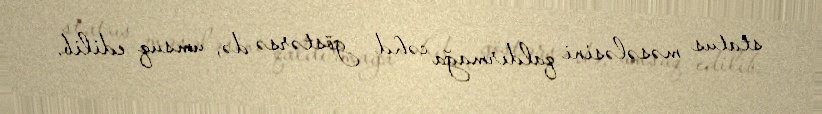
status məsələsini qaldırmağa cəhd göstərsə də, umsuq edilib.